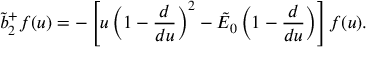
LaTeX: \tilde { b } _ { 2 } ^ { + } f ( u ) = - \left[ u \left( 1 - { \frac { d } { d u } } \right) ^ { 2 } - \tilde { \cal E } _ { 0 } \left( 1 - { \frac { d } { d u } } \right) \right] f ( u ) .